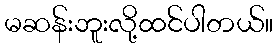
မဆန်းဘူးလို့ထင်ပါတယ်။